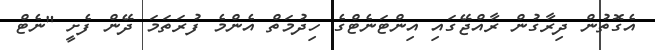
އެގޮތުން ދިރާގުން ރާއްޖޭގައި އިންޓަނެޓްގެ ހިދުމަތް އެންމެ ފުރަތަމަ ދޭން ފެށީ "ނެޓް